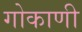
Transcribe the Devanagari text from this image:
गोकाणी